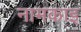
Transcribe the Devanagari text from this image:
नामकाइ